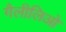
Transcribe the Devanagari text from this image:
गैलीलिओ